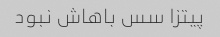
پیتزا سس باهاش نبود